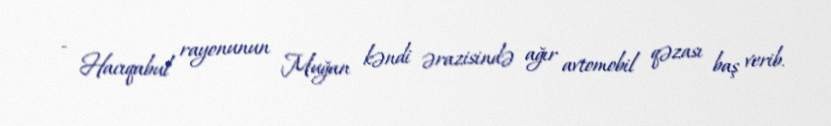
- Hacıqabul rayonunun Muğan kəndi ərazisində ağır avtomobil qəzası baş verib.